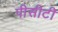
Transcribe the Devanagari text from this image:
पीसीटी